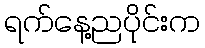
ရက်နေ့ညပိုင်းက